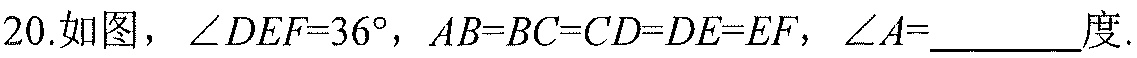
20.如图，\(\angle DEF = 36^{\circ}\)，\(AB = BC = CD = DE = EF\)，\(\angle A =\)________度.